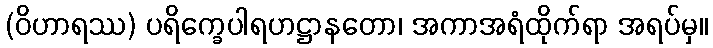
(ဝိဟာရဿ) ပရိက္ခေပါရဟဋ္ဌာနတော၊ အကာအရံထိုက်ရာ အရပ်မှ။